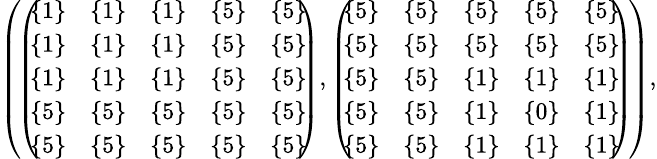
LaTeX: \begin{array}{r}{\small{\left(\! \left(\! \! \begin{array}{ccccc}{\{ 1\} }&{\{ 1\} }&{\{ 1\} }&{\{ 5\} }&{\{ 5\} }\\ {\{ 1\} }&{\{ 1\} }&{\{ 1\} }&{\{ 5\} }&{\{ 5\} }\\ {\{ 1\} }&{\{ 1\} }&{\{ 1\} }&{\{ 5\} }&{\{ 5\} }\\ {\{ 5\} }&{\{ 5\} }&{\{ 5\} }&{\{ 5\} }&{\{ 5\} }\\ {\{ 5\} }&{\{ 5\} }&{\{ 5\} }&{\{ 5\} }&{\{ 5\} }\end{array}\! \! \right),\left(\! \! \begin{array}{ccccc}{\{ 5\} }&{\{ 5\} }&{\{ 5\} }&{\{ 5\} }&{\{ 5\} }\\ {\{ 5\} }&{\{ 5\} }&{\{ 5\} }&{\{ 5\} }&{\{ 5\} }\\ {\{ 5\} }&{\{ 5\} }&{\{ 1\} }&{\{ 1\} }&{\{ 1\} }\\ {\{ 5\} }&{\{ 5\} }&{\{ 1\} }&{\{ 0\} }&{\{ 1\} }\\ {\{ 5\} }&{\{ 5\} }&{\{ 1\} }&{\{ 1\} }&{\{ 1\} }\end{array}\! \! \right)\! \right),}}\end{array}